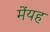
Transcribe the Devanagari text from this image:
मेंयह